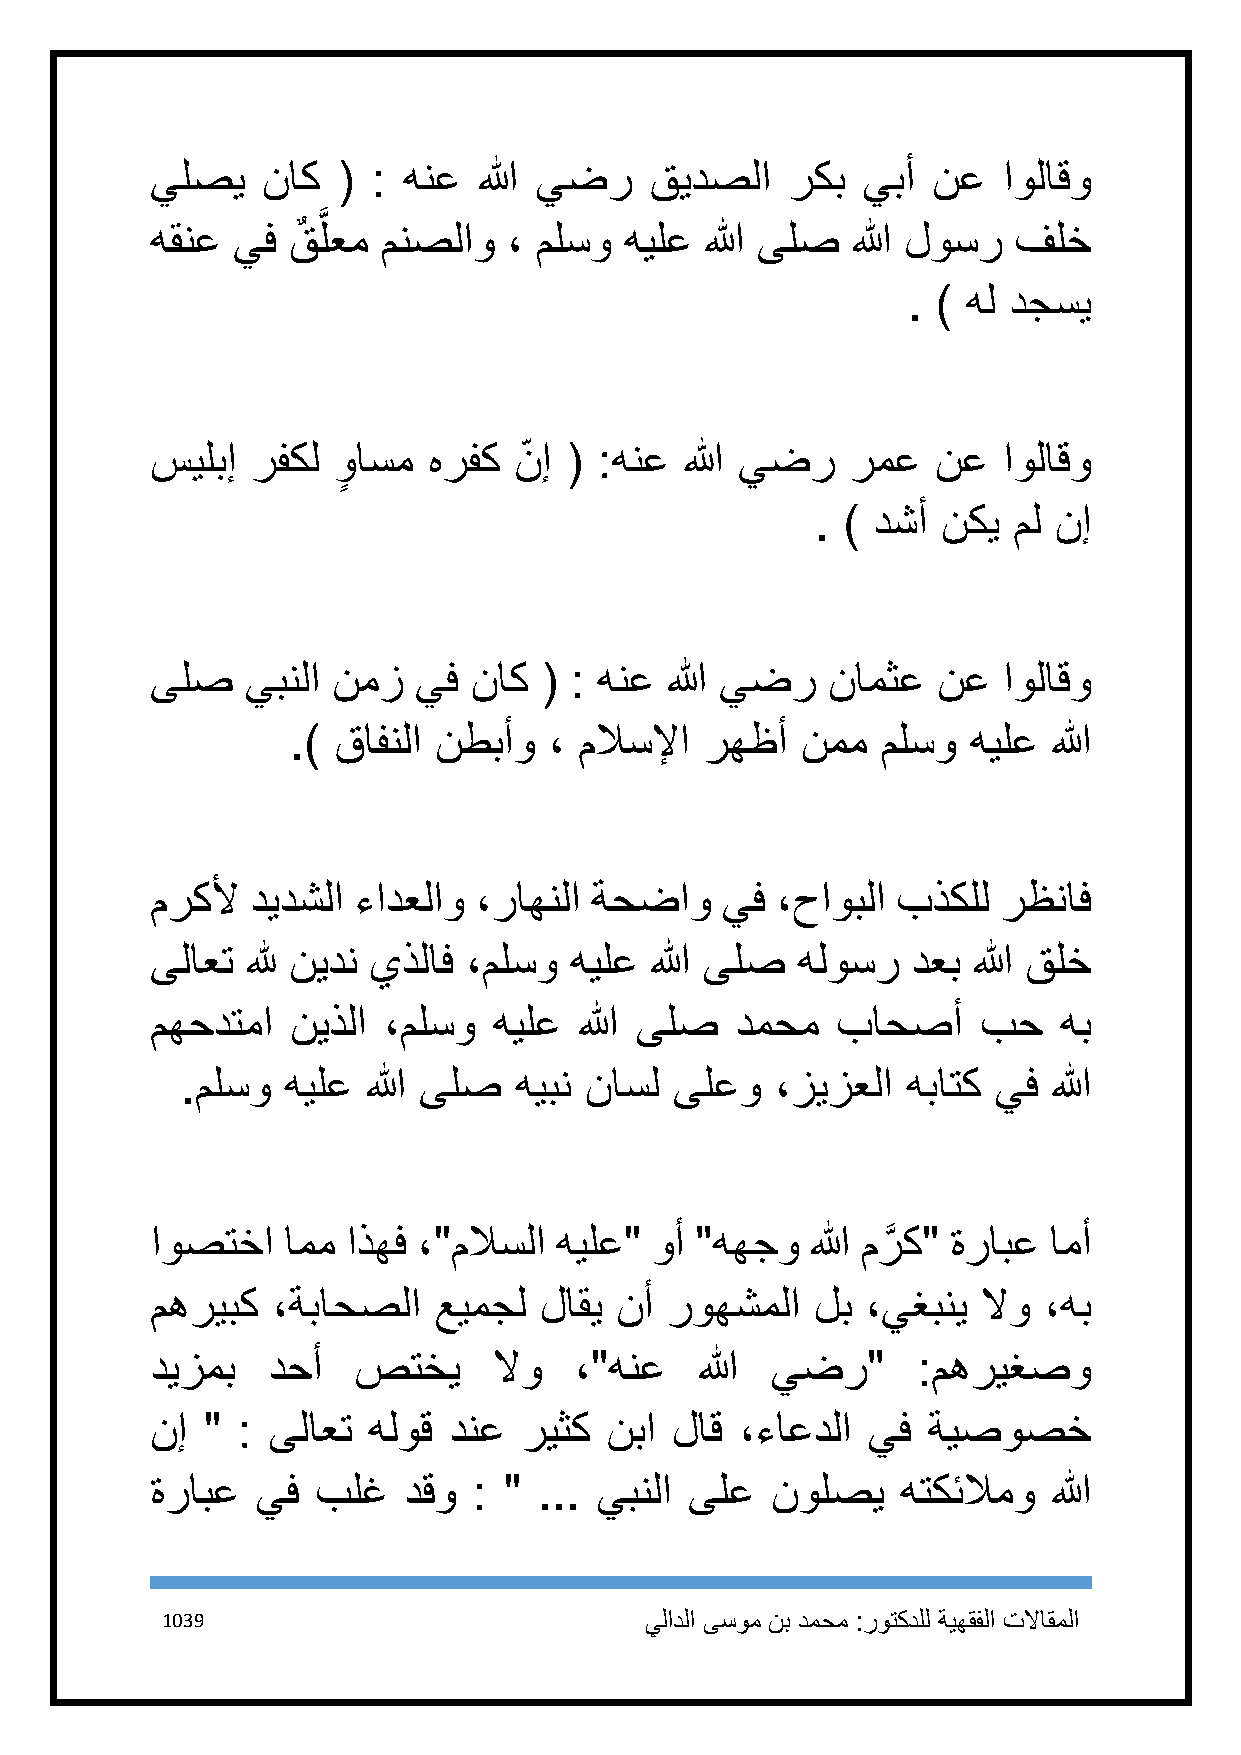
يلصي   ناك  (  : هنع  الله يضر   قيدصلا   ركب  يبأ  نع  اولاقو
 َّ
 هقنع يف  قٌ لعم منصلاو  ، ملسو هيلع  الله ىلص الله لوسر  فلخ
 . ) هل دجسي
 سيلبإ  رفكل واسم  هرفك  ن إ ( :هنع الله يضر   رمع   نع  اولاقو
 ٍ
 . ) دشأ نكي  مل نإ
 ىلص   يبنلا نمز  يف  ناك  ( : هنع الله يضر   نامثع  نع  اولاقو
 .) قافنلا نطبأو  ، ملاسلإا  رهظأ  نمم  ملسو  هيلع  الله
 مركلأ  ديدشلا ءادعلاو ،راهنلا ةحضاو   يف ،حاوبلا بذكلل  رظناف
 ىلاعت لله نيدن يذلاف ،ملسو  هيلع الله ىلص  هلوسر  دعب الله قلخ
 مهحدتما  نيذلا ،ملسو   هيلع الله ىلص   دمحم  باحصأ     بح   هب
 .ملسو  هيلع الله ىلص  هيبن ناسل  ىلعو  ،زيزعلا  هباتك يف  الله
 اوصتخا   امم اذهف ،"ملاسلا هيلع" وأ "ههجو   الله مرَّ ك" ةرابع امأ
 مهريبك  ،ةباحصلا   عيمجل  لاقي نأ روهشملا   لب ،يغبني  لاو ،هب
 ديزمب   دحأ  صتخي      لاو  ،"هنع   الله يضر"      :مهريغصو
 نإ "  : ىلاعت هلوق  دنع  ريثك نبا لاق  ،ءاعدلا يف  ةيصوصخ
 ةرابع  يف  بلغ   دقو : "  ... يبنلا ىلع  نولصي    هتكئلامو  الله
 1139                            يلادلا ىسوم نب دمحم :روتكدلل ةيهقفلا تلااقملا